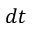
d t